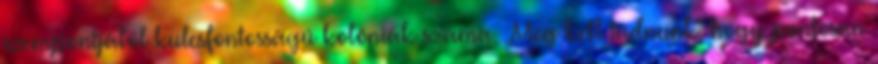
szempontjából kulcsfontosságú kolóniák száma. ,,Meg kell tudnunk, hogy pontosan